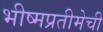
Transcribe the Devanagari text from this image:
भीष्मप्रतीमेची